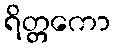
ရိတ္တကော